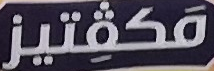
مكفتيز